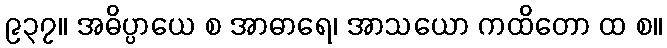
၉၃၇။ အဓိပ္ပာယေ စ အာဓာရေ၊ အာသယော ကထိတော ထ စ။